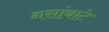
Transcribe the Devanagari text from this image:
नसांवाटे